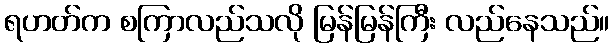
ရဟတ်က စကြာလည်သလို မြန်မြန်ကြီး လည်နေသည်။